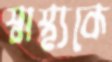
স্বাস্থ্যকে